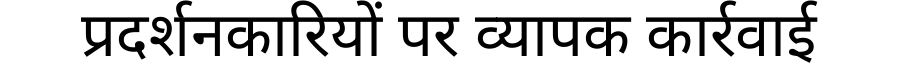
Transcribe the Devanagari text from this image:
प्रदर्शनकारियों पर व्यापक कार्रवाई